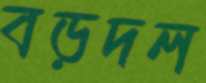
বড়দল